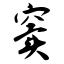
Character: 窦